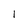
Character: 1